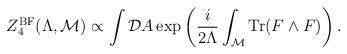
LaTeX: \begin{align*}Z^{\rm BF}_4(\Lambda,{\cal M}) \propto\int {\cal D}A \exp\left({i\over 2\Lambda} \int_{\cal M} {\rm Tr}(F\wedge F)\right).\end{align*}